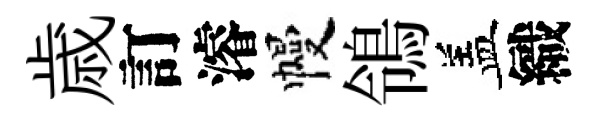
歳訂濬幔鴒盖織